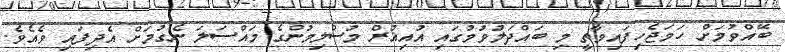
ބޭއްވުމަށް ހަމަޖެހިފައިވާތީ މި ބައްދަލުވުމުގައި އުއިޣުރް މުސްލިމުންގެ މައްސަލަ ނެގުމަށް އެދިފައި ވެއެވެ.